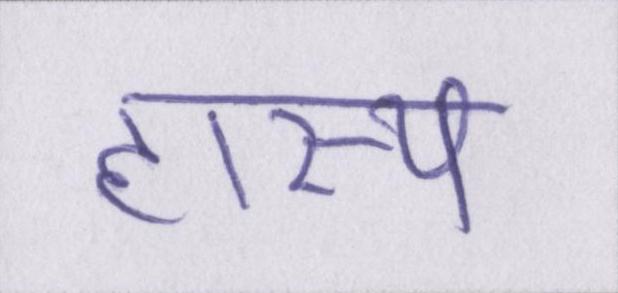
हास्य